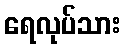
ရေလုပ်သား